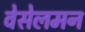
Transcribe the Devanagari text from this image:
वेसेलमन